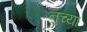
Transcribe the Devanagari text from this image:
नुच्या